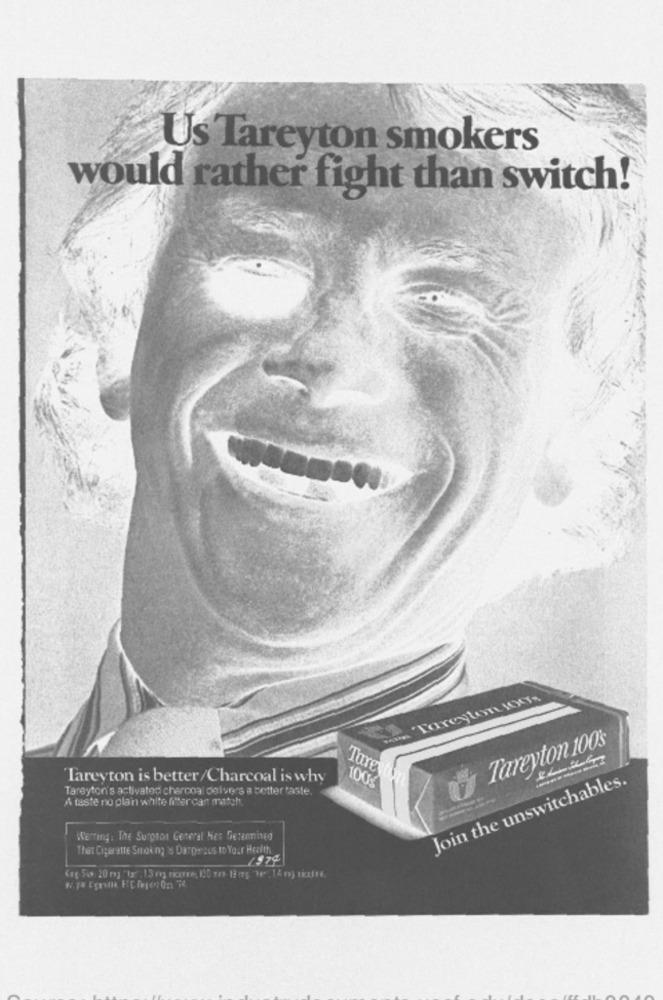
Us Tareyton smokers
would rather fight than switch!
Ain 'Tareylon Gos
Tareyton 100's
Tare
Tareyton is better/Charcoal is why
Join the unswitchables.
Tareyton's activated charcoal delivers a better taste.
100g
A taste no plain white filter can match.
Warning: The Surgeon General Hes Getanmined
That Cigarette Smoking is Dangerous to Your Health
197ª